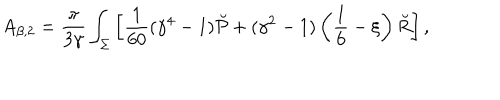
A _ { \beta , 2 } = { \frac { \pi } { 3 \gamma } } \int _ { \Sigma } \left[ { \frac { 1 } { 6 0 } } ( \gamma ^ { 4 } - 1 ) \breve { \cal P } + ( \gamma ^ { 2 } - 1 ) \left( \frac 1 6 - \xi \right) \breve { R } \right] ,